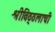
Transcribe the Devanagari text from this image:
श्रीविठ्ठलाची